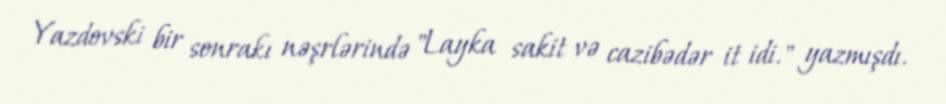
Yazdovski bir sonrakı nəşrlərində "Layka sakit və cazibədər it idi." yazmışdı.